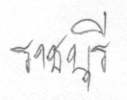
ราชบุรี